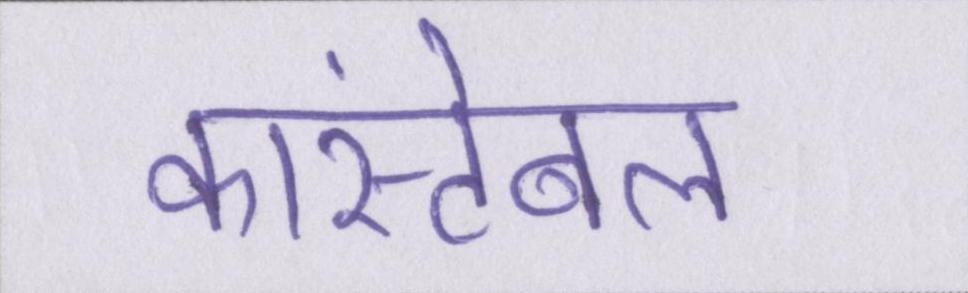
कांस्टेबल